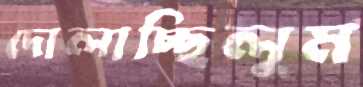
দোলাচ্ছিলুম